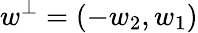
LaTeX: w^{\perp}=(-w_{2},w_{1})